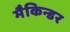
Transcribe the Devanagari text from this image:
मैकिन्डर